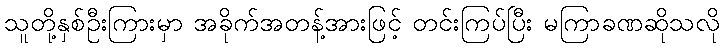
သူတို့နှစ်ဦးကြားမှာ အခိုက်အတန့်အားဖြင့် တင်းကြပ်ပြီး မကြာခဏဆိုသလို